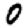
Digit: 0